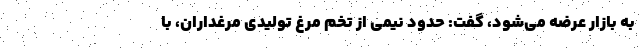
به بازار عرضه می‌شود، گفت: حدود نیمی از تخم مرغ تولیدی مرغداران، با